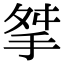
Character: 𢫰